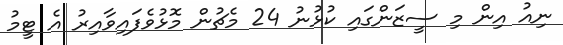
ނިއު އިން މި ސީޒަންގައި ކުޅުނު 24 މެޗުން މޮޅުވެފައިވާއިރު އެ ޓީމު